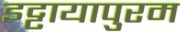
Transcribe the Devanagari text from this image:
इट्टायापुरम